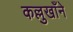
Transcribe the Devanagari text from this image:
कल्लुखाँने